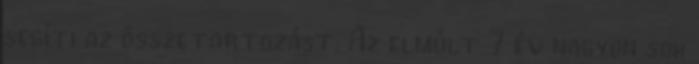
segíti az összetartozást. Az elmúlt 7 év nagyon sok